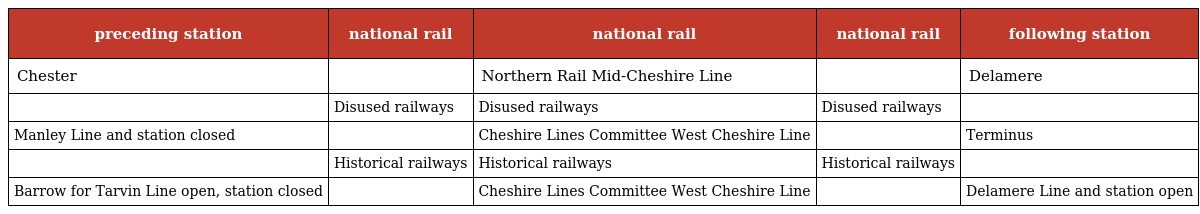
| preceding station | national rail | national rail | national rail | following station |
 | --- | --- | --- | --- | --- |
 | Chester |  | Northern Rail Mid-Cheshire Line |  | Delamere |
 |  | Disused railways | Disused railways | Disused railways |  |
 | Manley Line and station closed |  | Cheshire Lines Committee West Cheshire Line |  | Terminus |
 |  | Historical railways | Historical railways | Historical railways |  |
 | Barrow for Tarvin Line open, station closed |  | Cheshire Lines Committee West Cheshire Line |  | Delamere Line and station open |